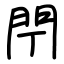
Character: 閅